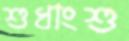
শুধাংশু